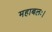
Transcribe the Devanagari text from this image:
महाबलः।